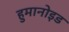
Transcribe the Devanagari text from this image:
हुमानोइड